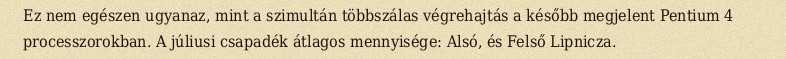
Ez nem egészen ugyanaz, mint a szimultán többszálas végrehajtás a később megjelent Pentium 4 processzorokban. A júliusi csapadék átlagos mennyisége: Alsó, és Felső Lipnicza.